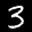
Label: 3